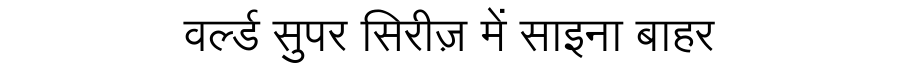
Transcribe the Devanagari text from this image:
वर्ल्ड सुपर सिरीज़ में साइना बाहर